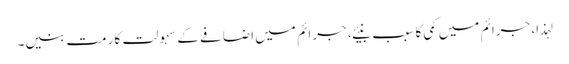
لہذا، جرائم میں کمی کا سبب بنیئے، جرائم میں اضافے کے سہولت کار مت بنیں۔